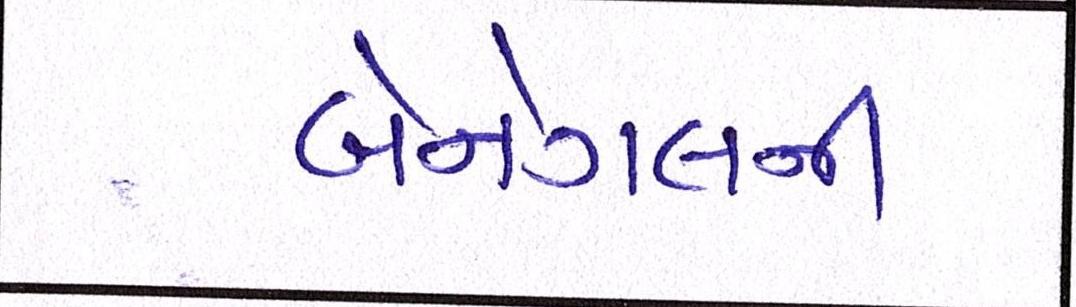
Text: બેનેગલની